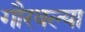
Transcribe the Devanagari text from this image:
गौरवल्या